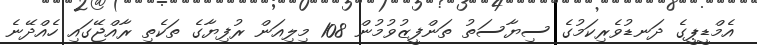
އެމްޑީޕީގެ ދަނޑުވެރިކަމުގެ ސިޔާސަތު ތަންފީޒުވުމުން 108 މިލިއަން ރުފިޔާގެ ތަކެތި ރާއްޖޭގައި ހެއްދޭނެ